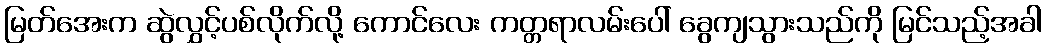
မြတ်အေးက ဆွဲလွှင့်ပစ်လိုက်လို့ ကောင်လေး ကတ္တရာလမ်းပေါ် ခွေကျသွားသည်ကို မြင်သည့်အခါ